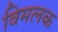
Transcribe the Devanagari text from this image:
विमलक